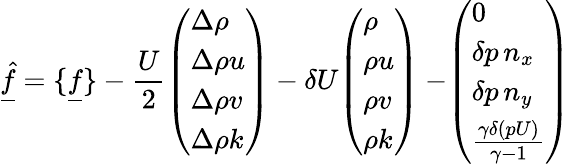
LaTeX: \underline{{\hat{f}}}=\{ \underline{{f}}\} -\frac{U}{2}\begin{array}{l}{\left(\begin{array}{l}{\Delta\rho}\\ {\Delta\rho u}\\ {\Delta\rho v}\\ {\Delta\rho k}\end{array}\right)}\end{array}-\delta U\begin{array}{l}{\left(\begin{array}{l}{\rho}\\ {\rho u}\\ {\rho v}\\ {\rho k}\end{array}\right)}\end{array}-\begin{array}{l}{\left(\begin{array}{l}{0}\\ {\delta p\, n_{x}}\\ {\delta p\, n_{y}}\\ {\frac{\gamma\delta(pU)}{\gamma-1}}\end{array}\right)}\end{array}